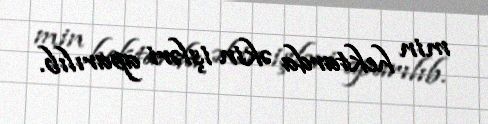
min hektarda əkin işləri aparılıb.